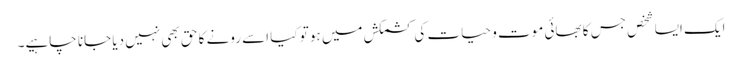
ایک ایسا شخص جس کا بھائی موت و حیات کی کشمکش میں ہو تو کیا اسے رونے کا حق بھی نہیں دیا جانا چاہیے۔